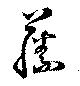
藤